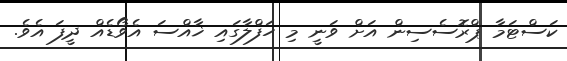
ކަސްޓަމާ ޕްރޮސެސިން އަށް ވަނީ މި ހަފްލާގައި ޚާއްސަ އެވޯޑެއް ދީފަ އެވެ.